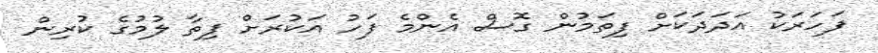
ފަހަރަކު އަދަދަކަށް ފިތަމުން ގޮސް އެންމެ ފަހު އަކުރަށް ފިތާ ލުމުގެ ކުރިން